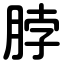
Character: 脖